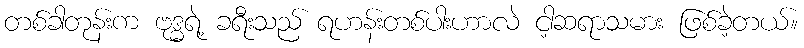
တစ်ခါတုန်းက ဗုဒ္ဓရဲ့ ခရီးသည် ရဟန်းတစ်ပါးဟာလဲ ငါ့ဆရာသမား ဖြစ်ခဲ့တယ်။